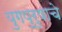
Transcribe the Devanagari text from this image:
युगपुरुषाचे